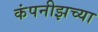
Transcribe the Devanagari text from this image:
कंपनीझच्या